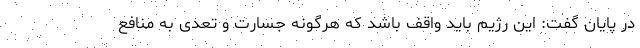
در پایان گفت: این رژیم باید واقف باشد که هرگونه جسارت و تعدی به منافع